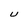
Character: U